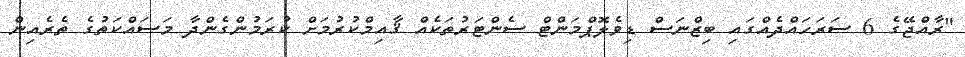
"ރާއްޖޭގެ 6 ސަރަހައްދެއްގައި ބިޒްނަސް ޑިވެލޮޕްމަންޓް ސެންޓަރުތަކެއް ޤާއިމްކުރުމަށް ކުރަމުންގެންދާ މަސައްކަތުގެ ތެރެއިން